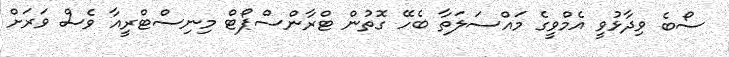
ސޯބެ ވިދާޅުވީ އެމްވީގެ މައްސަލަތާ ބެހޭ ގޮތުން ޓްރާންސްޕޯޓް މިނިސްޓްރީއާ ވެސް ވަރަށް